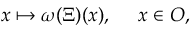
x \mapsto \omega ( \Xi ) ( x ) , \quad \ x \in { \cal O } ,